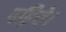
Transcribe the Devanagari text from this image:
पढ़िये।